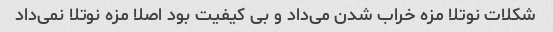
شکلات نوتلا مزه خراب شدن می‌داد و بی کیفیت بود اصلا مزه نوتلا نمی‌داد